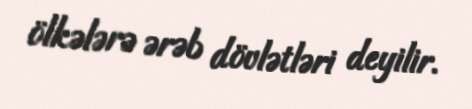
ölkələrə ərəb dövlətləri deyilir.